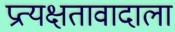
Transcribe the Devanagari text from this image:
प्रत्यक्षतावादाला